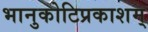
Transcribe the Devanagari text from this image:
भानुकोटिप्रकाशम्